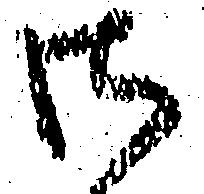
御